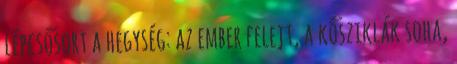
lépcsősort a hegység: az ember felejt, a kősziklák soha,